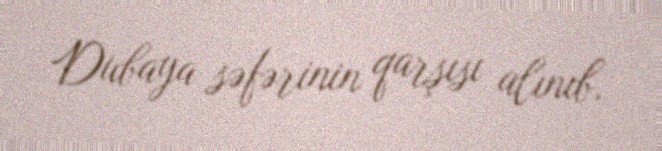
Dubaya səfərinin qarşısı alınıb.